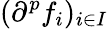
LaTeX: (\partial^{p}f_{i})_{i\in I}